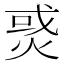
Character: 𤉹